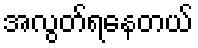
အလွတ်ရနေတယ်